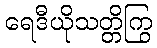
ရေဒီယိုသတ္တိကြွ